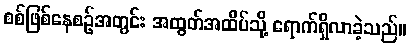
စစ်ဖြစ်နေစဉ်အတွင်း အထွတ်အထိပ်သို့ ရောက်ရှိလာခဲ့သည်။